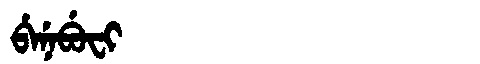
Manchu: ᠪᡝᠨᡝᠪᡠᠸᡳ
Romanization: BENEBUFI